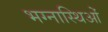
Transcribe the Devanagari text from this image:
भग्नास्थिओं